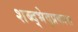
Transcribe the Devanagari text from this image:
शब्द्भेद्प्रकाश